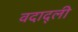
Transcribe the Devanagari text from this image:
वदाद्ली